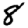
Digit: 8